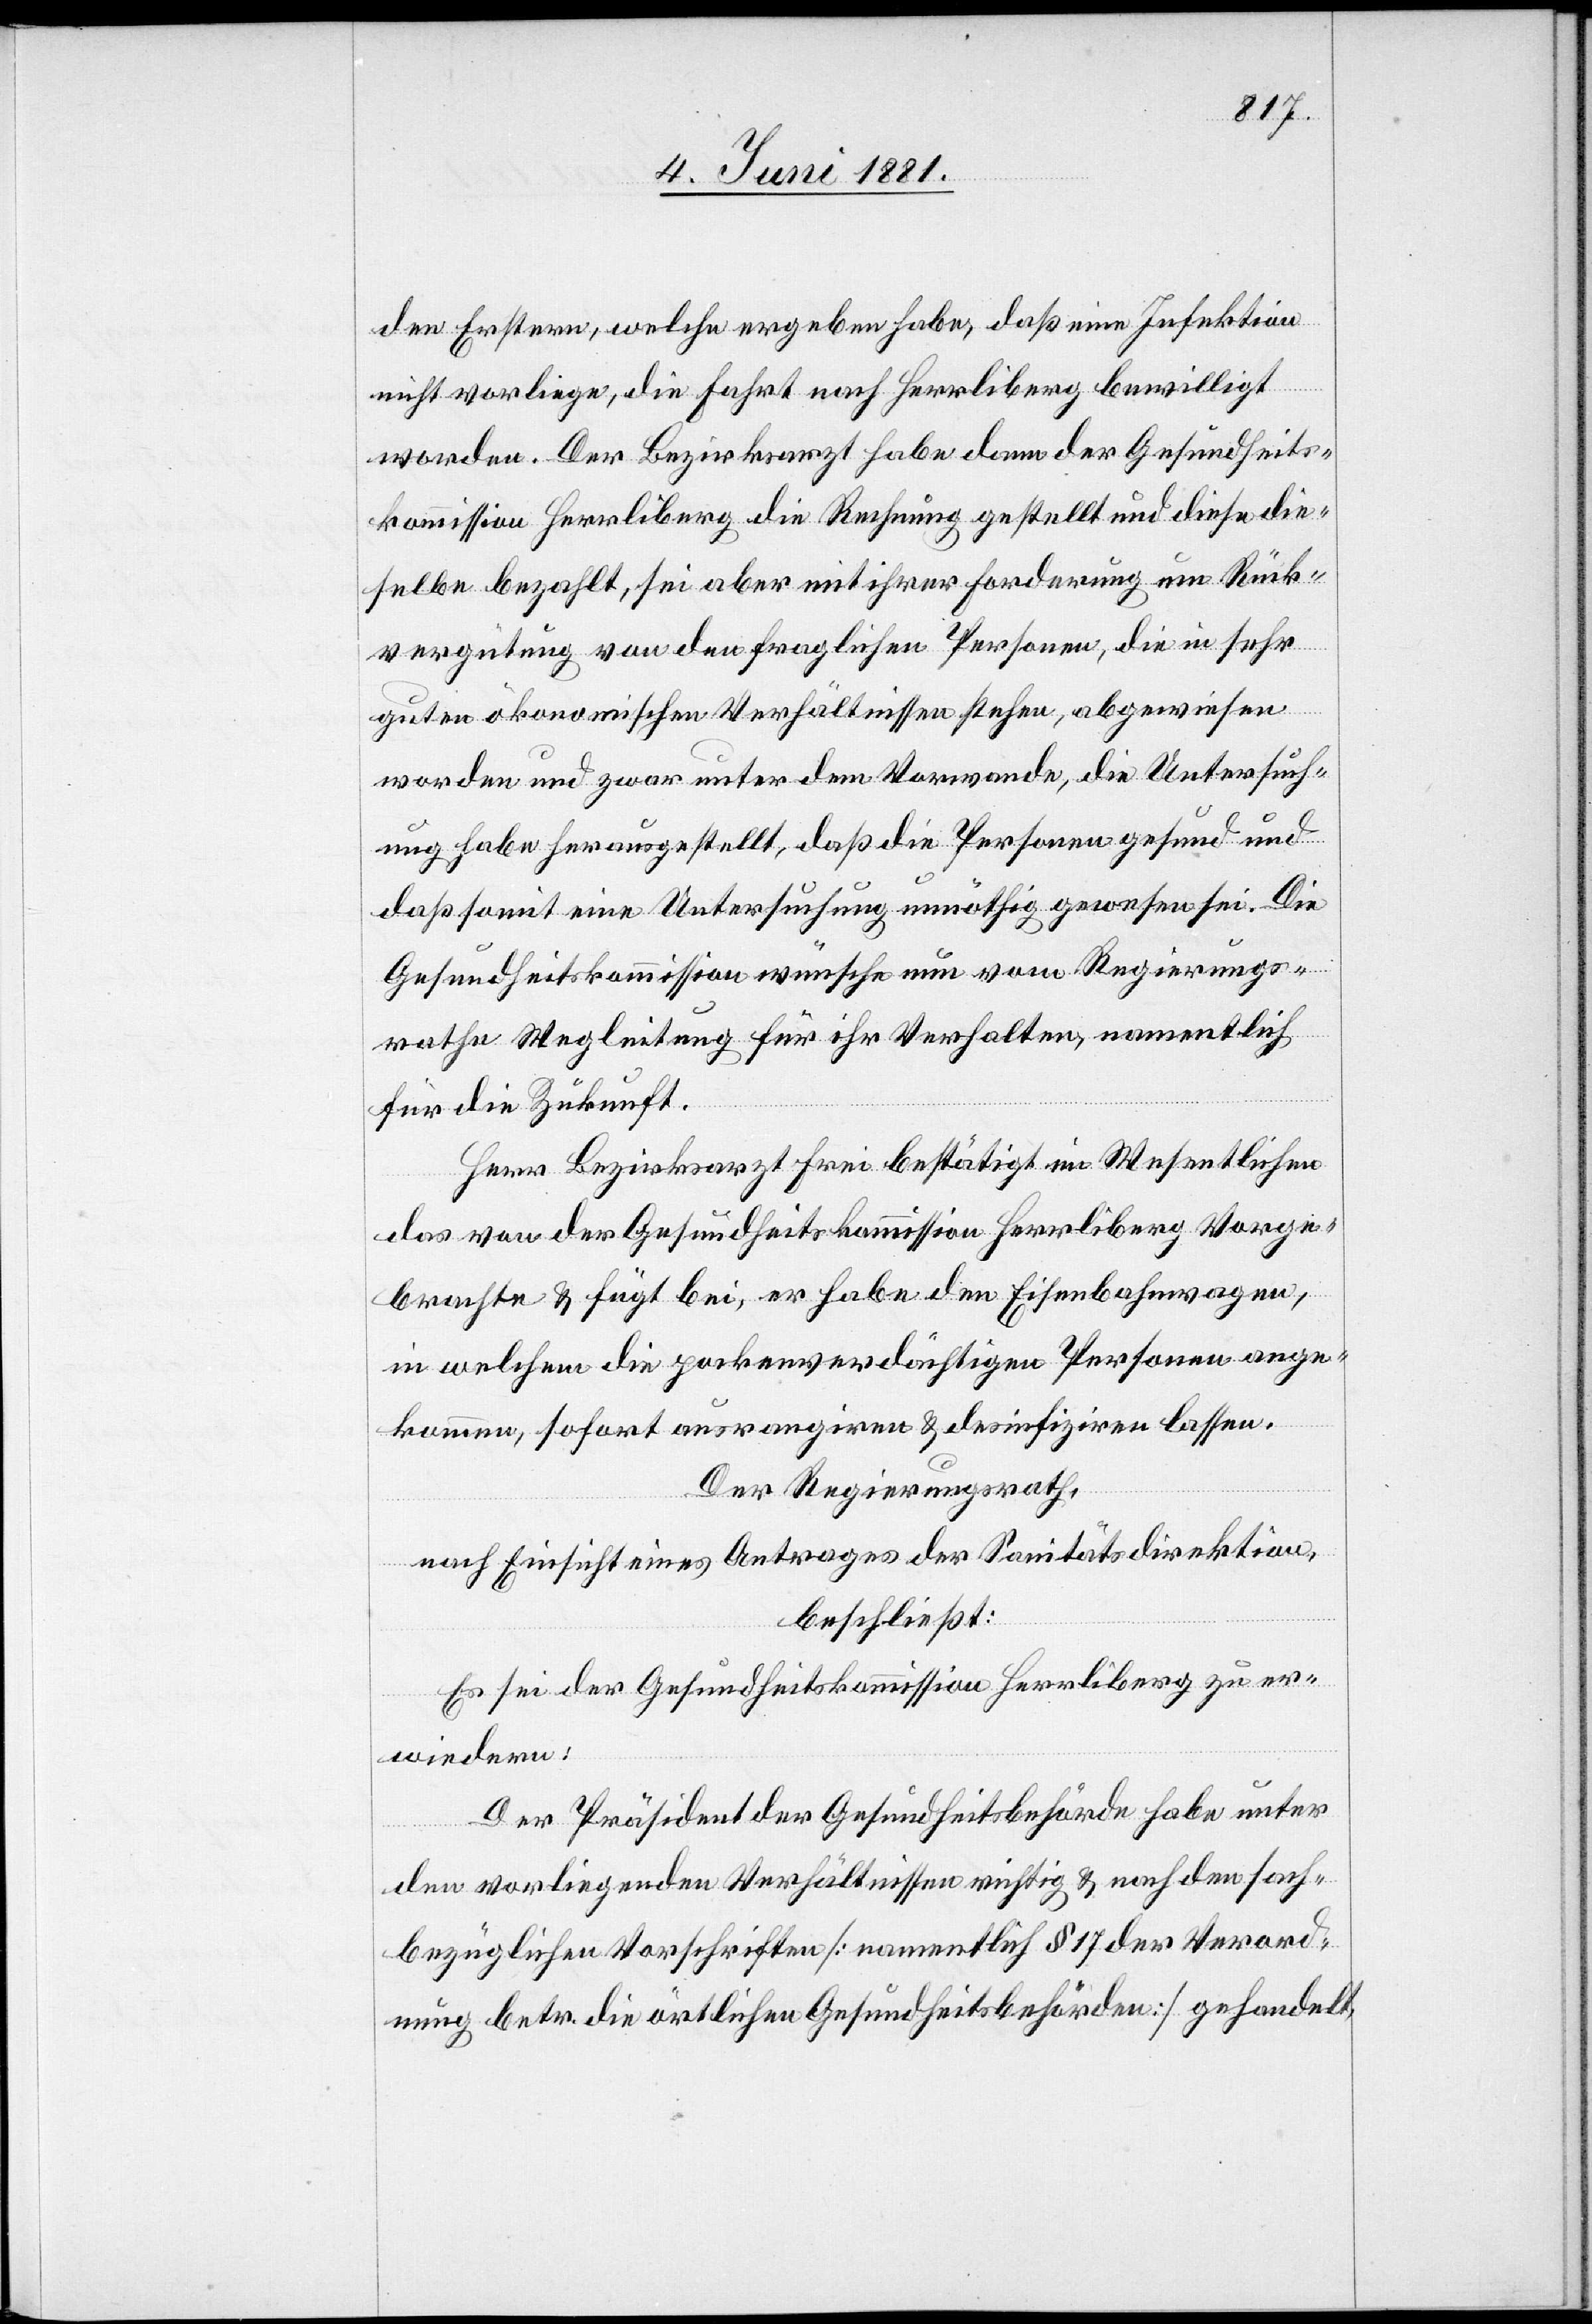
den Erstern, welche ergeben habe, daß eine Infektion
nicht vorliege, die Fahrt nach Herrliberg bewilligt
worden. Der Bezirksarzt habe dann der Gesundheits¬
kommission Herrliberg die Rechnung gestellt und diese die¬
selbe bezahlt, sei aber mit ihrer Forderung um Rück¬
vergütung von den fraglichen Personen, die in sehr
guten ökonomischen Verhältnissen stehen, abgewiesen
worden und zwar unter dem Vorwande, die Untersuch¬
ung habe herausgesellt, daß die Personen gesund und
daß somit eine Untersuchung unnöthig gewesen sei. Die
Gesundheitskommission wünsche nun vom Regierungs¬
rathe Wegleitung für ihr Verhalten, namentlich
für die Zukunft.
Herr Bezirksarzt Frei bestätigt im Wesentlichen
das von der Gesundheitskommission Herrliberg Vorge¬
brachte & fügt bei, er habe den Eisenbahnwagen,
in welchem die pockenverdächtigen Personen ange¬
kommen, sofort ausrangieren & desinfiziren lassen.
Der Regierungsrath,
nach Einsicht eines Antrages der Sanitätsdirektion,
beschließt:
Es sei der Gesundheitskommission Herrliberg zu er¬
wiedern:
Der Präsident der Gesundheitsbehörde habe unter
den vorliegenden Verhältnissen richtig & nach den sach¬
bezüglichen Vorschriften [namentlich § 17 der Verord¬
nung betr. die örtlichen Gesundheitsbehörden] gehandelt,